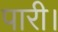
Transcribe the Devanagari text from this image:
पारी।